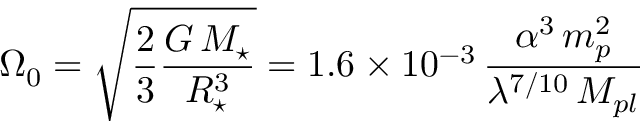
\Omega _ { 0 } = \sqrt { \frac 2 3 \frac { G \, M _ { \star } } { R _ { \star } ^ { 3 } } } = 1 . 6 \times 1 0 ^ { - 3 } \, \frac { \alpha ^ { 3 } \, m _ { p } ^ { 2 } } { \lambda ^ { 7 / 1 0 } \, M _ { p l } }